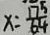
x = \frac { 1 7 ^ { 5 } } { 6 4 }